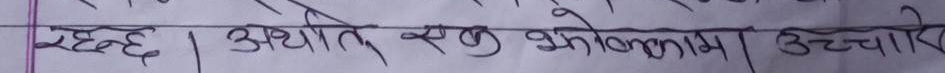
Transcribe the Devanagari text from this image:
रहन्छ । अर्थात् सलु भोकामि उच्चारण